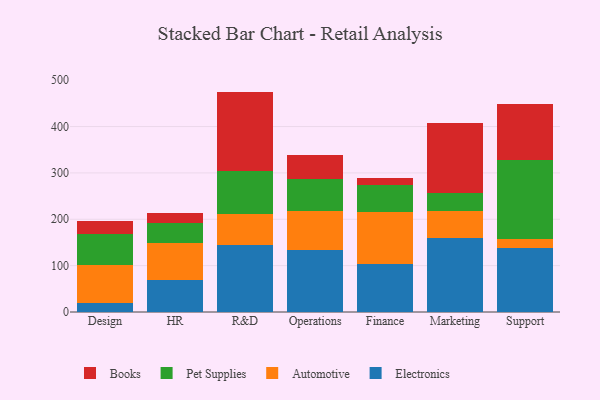
{"axis": {"x": "Department", "y": "Temperature (°C)"}, "legend": ["Automotive", "Books", "Electronics", "Pet Supplies"], "data": [{"x": "Design", "y": 19.6, "type": "Electronics"}, {"x": "Design", "y": 81.7, "type": "Automotive"}, {"x": "Design", "y": 66.6, "type": "Pet Supplies"}, {"x": "Design", "y": 28.9, "type": "Books"}, {"x": "HR", "y": 69.7, "type": "Electronics"}, {"x": "HR", "y": 78.5, "type": "Automotive"}, {"x": "HR", "y": 43.8, "type": "Pet Supplies"}, {"x": "HR", "y": 22.1, "type": "Books"}, {"x": "R&D", "y": 143.6, "type": "Electronics"}, {"x": "R&D", "y": 68.4, "type": "Automotive"}, {"x": "R&D", "y": 92.5, "type": "Pet Supplies"}, {"x": "R&D", "y": 170.9, "type": "Books"}, {"x": "Operations", "y": 132.8, "type": "Electronics"}, {"x": "Operations", "y": 84.0, "type": "Automotive"}, {"x": "Operations", "y": 71.0, "type": "Pet Supplies"}, {"x": "Operations", "y": 51.3, "type": "Books"}, {"x": "Finance", "y": 102.9, "type": "Electronics"}, {"x": "Finance", "y": 113.5, "type": "Automotive"}, {"x": "Finance", "y": 56.8, "type": "Pet Supplies"}, {"x": "Finance", "y": 16.1, "type": "Books"}, {"x": "Marketing", "y": 159.1, "type": "Electronics"}, {"x": "Marketing", "y": 58.7, "type": "Automotive"}, {"x": "Marketing", "y": 38.6, "type": "Pet Supplies"}, {"x": "Marketing", "y": 151.4, "type": "Books"}, {"x": "Support", "y": 138.5, "type": "Electronics"}, {"x": "Support", "y": 19.3, "type": "Automotive"}, {"x": "Support", "y": 169.6, "type": "Pet Supplies"}, {"x": "Support", "y": 122.2, "type": "Books"}]}